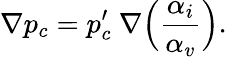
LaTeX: \nabla p_{c}=p_{c}^{\prime}\ \nabla\Big(\frac{\alpha_{i}}{\alpha_{v}}\Big).